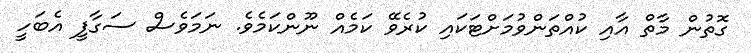
ގޮތުން މާތް އާއި ކުއްތަންވުމަށްޓަކައި ކުރެވޭ ކަމެއް ނޫންކަމެވެ. ނަމަވެސް ސަގާފީ އެބަހީ